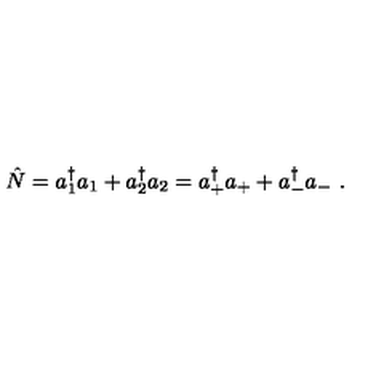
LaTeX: \hat { N } = a _ { 1 } ^ { \dagger } a _ { 1 } + a _ { 2 } ^ { \dagger } a _ { 2 } = a _ { + } ^ { \dagger } a _ { + } + a _ { - } ^ { \dagger } a _ { - } \ .